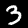
Digit: 3